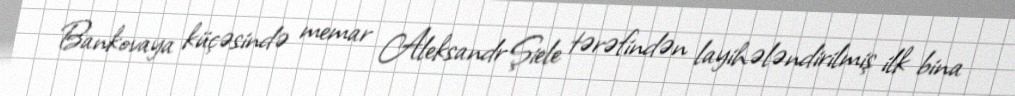
Bankovaya küçəsində memar Aleksandr Şiele tərəfindən layihələndirilmiş ilk bina